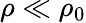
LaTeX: \rho\ll\rho_{0}